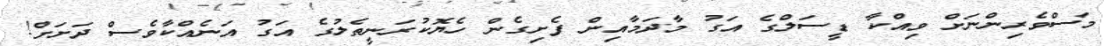
މަސްވެރިންނަށް ވިއްކާ ޑީސަލްގެ އަގު މާދަމާއިން ފެށިގެން ހެޔޮކުރަނީތެލުގެ އަގު އަނެއްކާވެސް ދަށަށް!